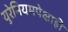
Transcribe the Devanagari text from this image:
युरेनियमपेक्षाही